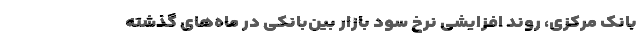
بانک مرکزی‌، روند افزایشی نرخ سود بازار بین‌بانکی در ماه‌های گذشته